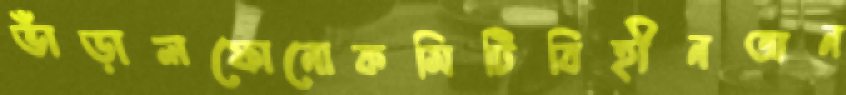
ভাঁড়ালফোনোকমিটিবিহীনঅন